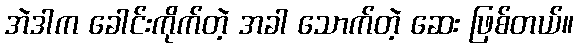
အဲဒါက ခေါင်းကိုက်တဲ့ အခါ သောက်တဲ့ ဆေး ဖြစ်တယ်။